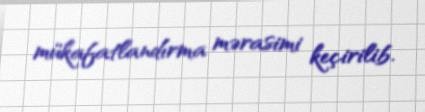
mükafatlandırma mərasimi keçirilib.